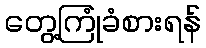
တွေ့ကြုံခံစားရန်